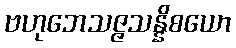
ဗဟုဘေသဇ္ဇသန္နိစယော